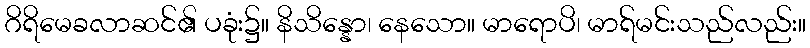
ဂိရိမေခလာဆင်၏ ပခုံး၌။ နိသိန္နော၊ နေသော။ မာရောပိ၊ မာရ်မင်းသည်လည်း။